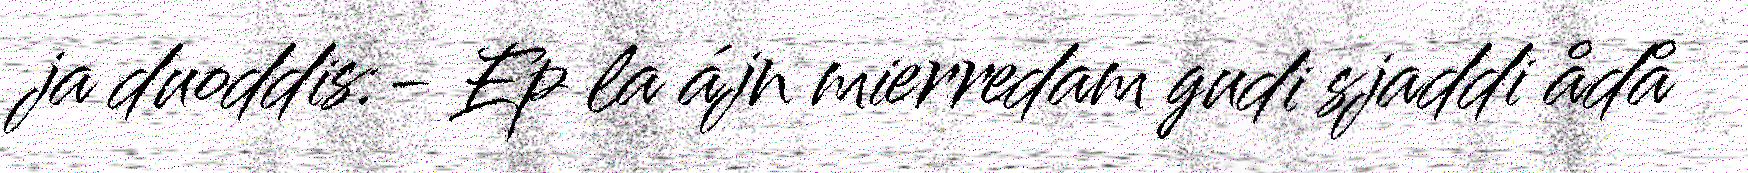
ja duoddis:- Ep la ájn mierredam gudi sjaddi ådå